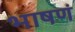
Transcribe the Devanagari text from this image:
भाषणं